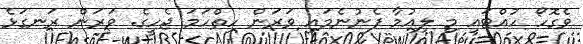
ވެގޮހޯ ހުއްޓައި މި ލިއުމާ ފެނުނެމައި ވަރަން ހިތްހަމަ ޖެހީގެ. ވަރަން ރަނގަޅެ